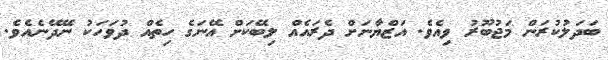
ބަދަލުކުރަން މަޖުބޫރު ވިއެވެ. އަޒްޔާނަށް ދެރައެއް ލިބޭކަށް އޭނަގެ ހިތެއް ދުވަހަކު ނޭދޭނެއެވެ.